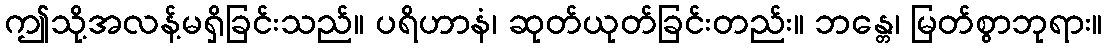
ဤသို့အလန့်မရှိခြင်းသည်။ ပရိဟာနံ၊ ဆုတ်ယုတ်ခြင်းတည်း။ ဘန္တေ၊ မြတ်စွာဘုရား။